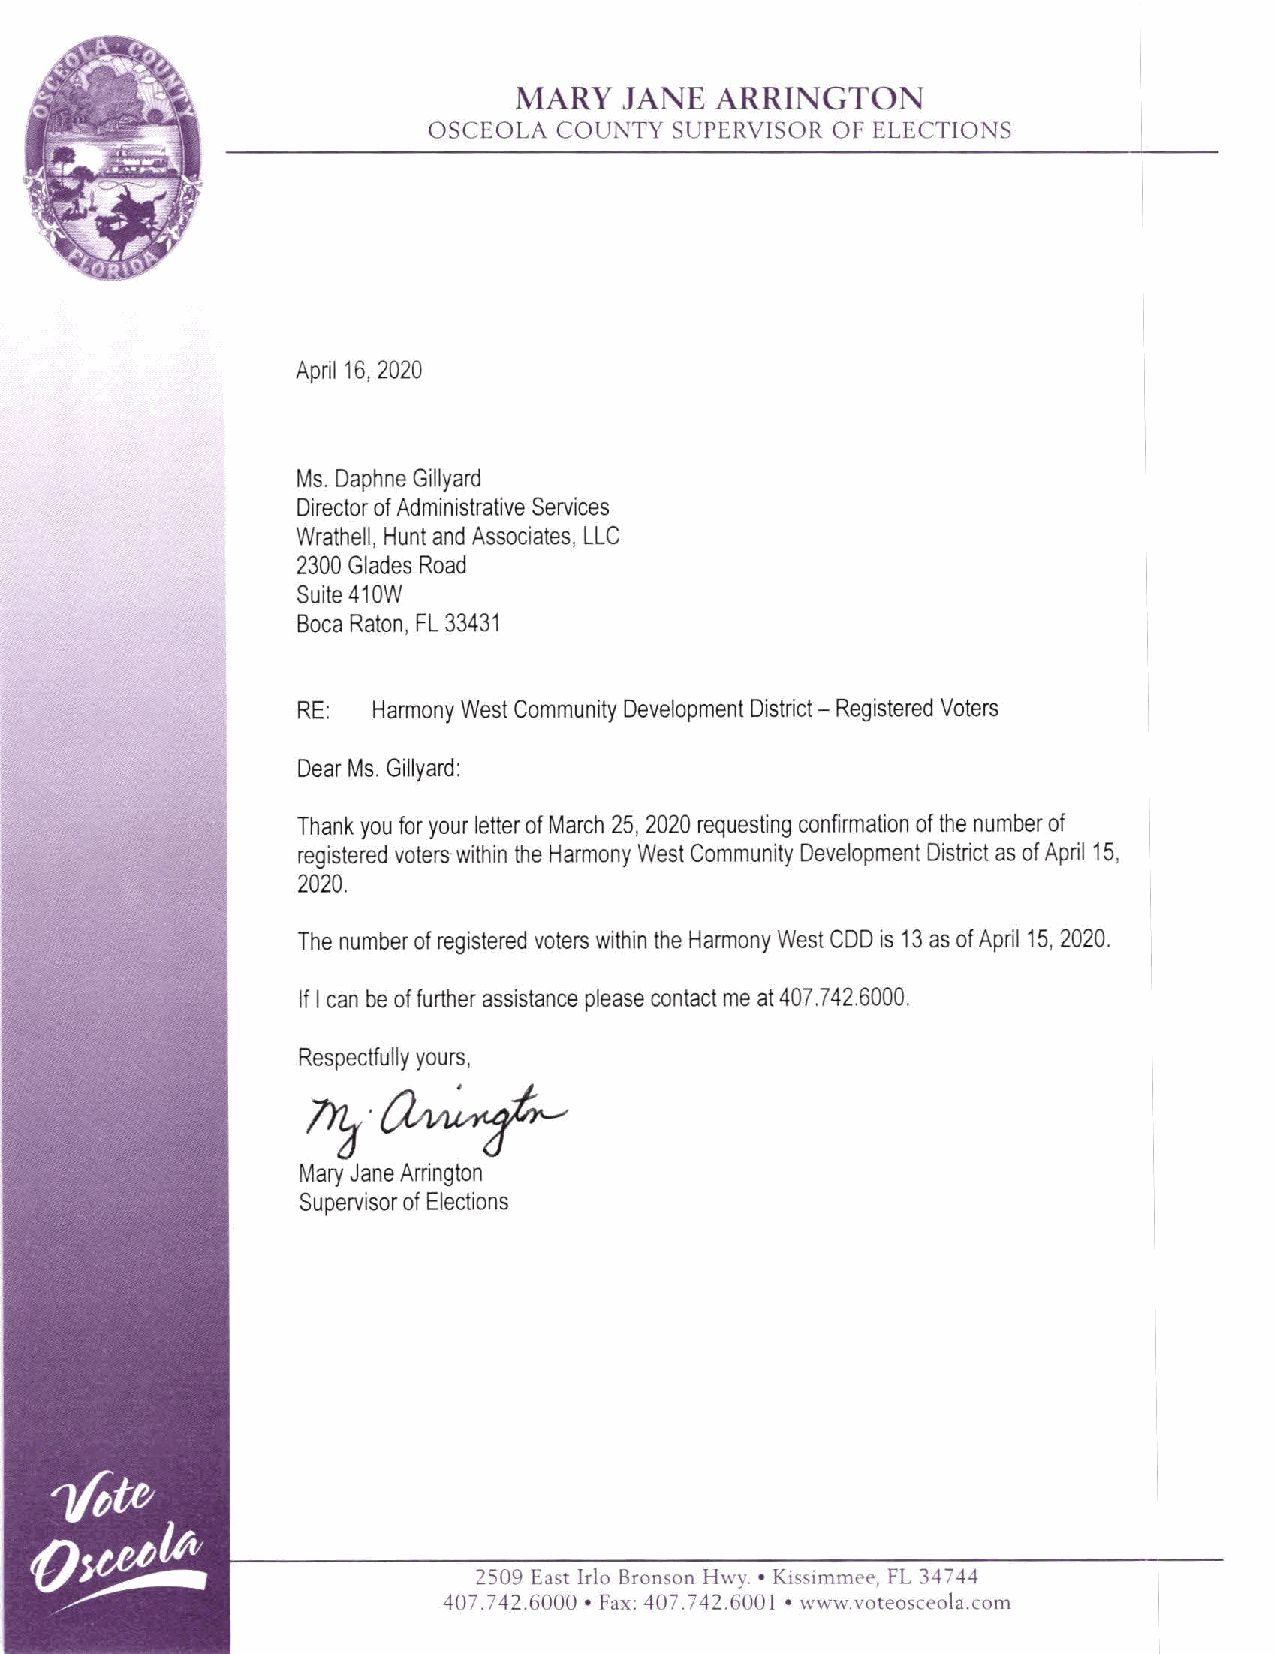
MARY   JANE  ARRINGTON
 OSCEOLA  COUNTY SUPERVISOR OF ELECTIONS
 April 16, 2020
 Ms. Daphne Gillyard
 Director of Administrative Services
 Wrathell, Hunt and Associates, LLC
 2300 Glades Road
 Suite 410W
 Boca Raton, FL 33431
 RE:  Harmony West Community Development District - Registered Voters
 Dear Ms. Gillyard:
 Thank you for your letter of March 25, 2020 requesting confirmation of the number of
 registered voters within the Harmony West Community Development District as of April 15,
 2020.
 The number of registered voters within the Harmony West COD is 13 as of April 15, 2020.
 If I can be of further assistance please contact me at 407.742.6000.
 Respectfully yours,
 ~-   ~
 Mary Jane Arrington
 Supervisor of Elections
 2509 East Irlo Bronson Hwy. • Kissimmee, FL 34744
 407.742.6000 • Fax: 407.742.6001 • www.voteosceola.com